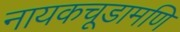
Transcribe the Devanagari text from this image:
नायकचूडामणि